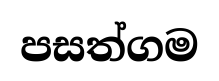
පසත්ගම